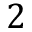
2